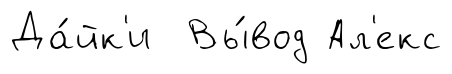
Да́йк'и Вы́вод Ал'екс